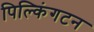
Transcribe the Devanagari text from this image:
पिल्किंगटन